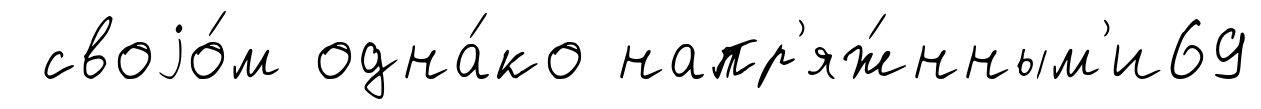
своjо́м одна́ко напр'яж́нным'и69